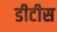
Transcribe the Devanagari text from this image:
डीटीस